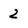
Character: 2